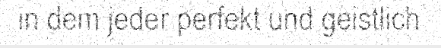
in dem jeder perfekt und geistlich